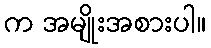
က အမျိုးအစားပါ။